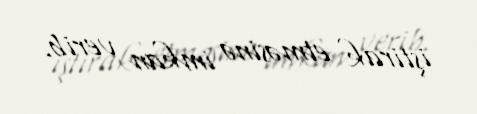
iştirak etməsinə imkan verib.